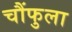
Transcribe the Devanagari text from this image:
चौंफुला